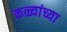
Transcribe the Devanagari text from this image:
कळ्यांच्या